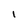
Character: I